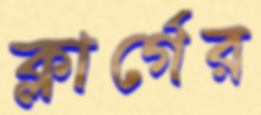
ক্লার্গের